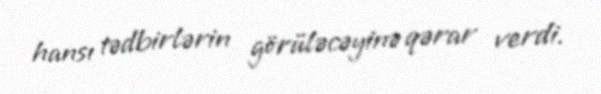
hansı tədbirlərin görüləcəyinə qərar verdi.